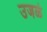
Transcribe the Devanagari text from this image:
उजळे